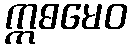
ဣဓမေဝ